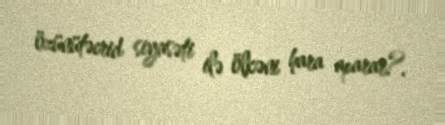
özünütəcrid siyasəti ilə ölkəni hara aparar?.